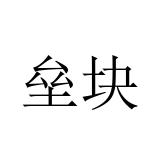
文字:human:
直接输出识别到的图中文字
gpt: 垒块